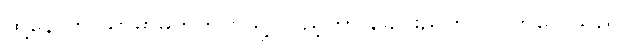
ထို့နောက် ယာမာမိုတိုဘက်သို့ လှည့်ကာ ခေါင်းညိတ်ပြလိုက်လေသည်။